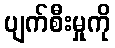
ပျက်စီးမှုကို